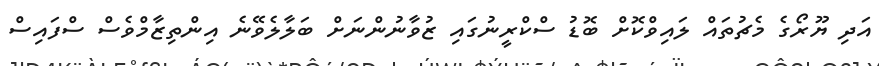
އަދި ޔޫރޯގެ މެޗުތައް ލައިވްކޮށް ބޮޑު ސްކްރީނުގައި ޒުވާނުންނަށް ބަލާލެވޭނެ އިންތިޒާމްވެސް ސްފައިސް